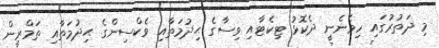
މި ދަތުރުގައި ހިމެނެނީ ދެކޮޅު ޓިކެޓާއި ވިސާގެ ޙިދުމަތާއި ވެކްސިންގެ ޙިދުމަތާއި ތަމްރީން